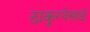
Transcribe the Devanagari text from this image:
ठाकुरदेसाई